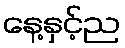
နေ့နှင့်ည